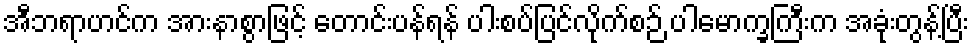
အီဘရာဟင်က အားနာစွာဖြင့် တောင်းပန်ရန် ပါးစပ်ပြင်လိုက်စဉ် ပါမောက္ခကြီးက အခုံးတွန့်ပြီး